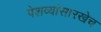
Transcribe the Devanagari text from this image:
पेशव्यांसारखेच